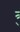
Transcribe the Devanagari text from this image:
त्र्